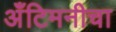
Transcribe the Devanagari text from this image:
अँटिमनीचा